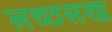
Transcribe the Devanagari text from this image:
लच्छसख